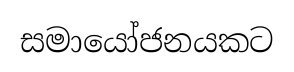
සමායෝජනයකට